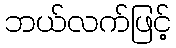
ဘယ်လက်ဖြင့်